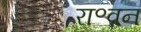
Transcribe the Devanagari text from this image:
रा॰वन